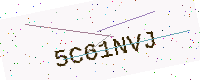
Text: 5C61NVJ